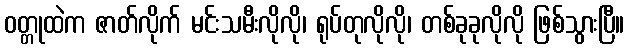
ဝတ္တုထဲက ဇာတ်လိုက် မင်းသမီးလိုလို၊ ရုပ်တုလိုလို၊ တစ်ခုခုလိုလို ဖြစ်သွားပြီ။